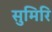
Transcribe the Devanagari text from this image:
सुमिरि